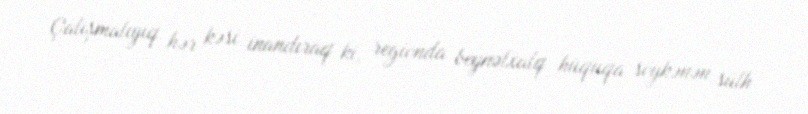
Çalışmalıyıq hər kəsi inandıraq ki, regionda beynəlxalq hüquqa söykənən sülh